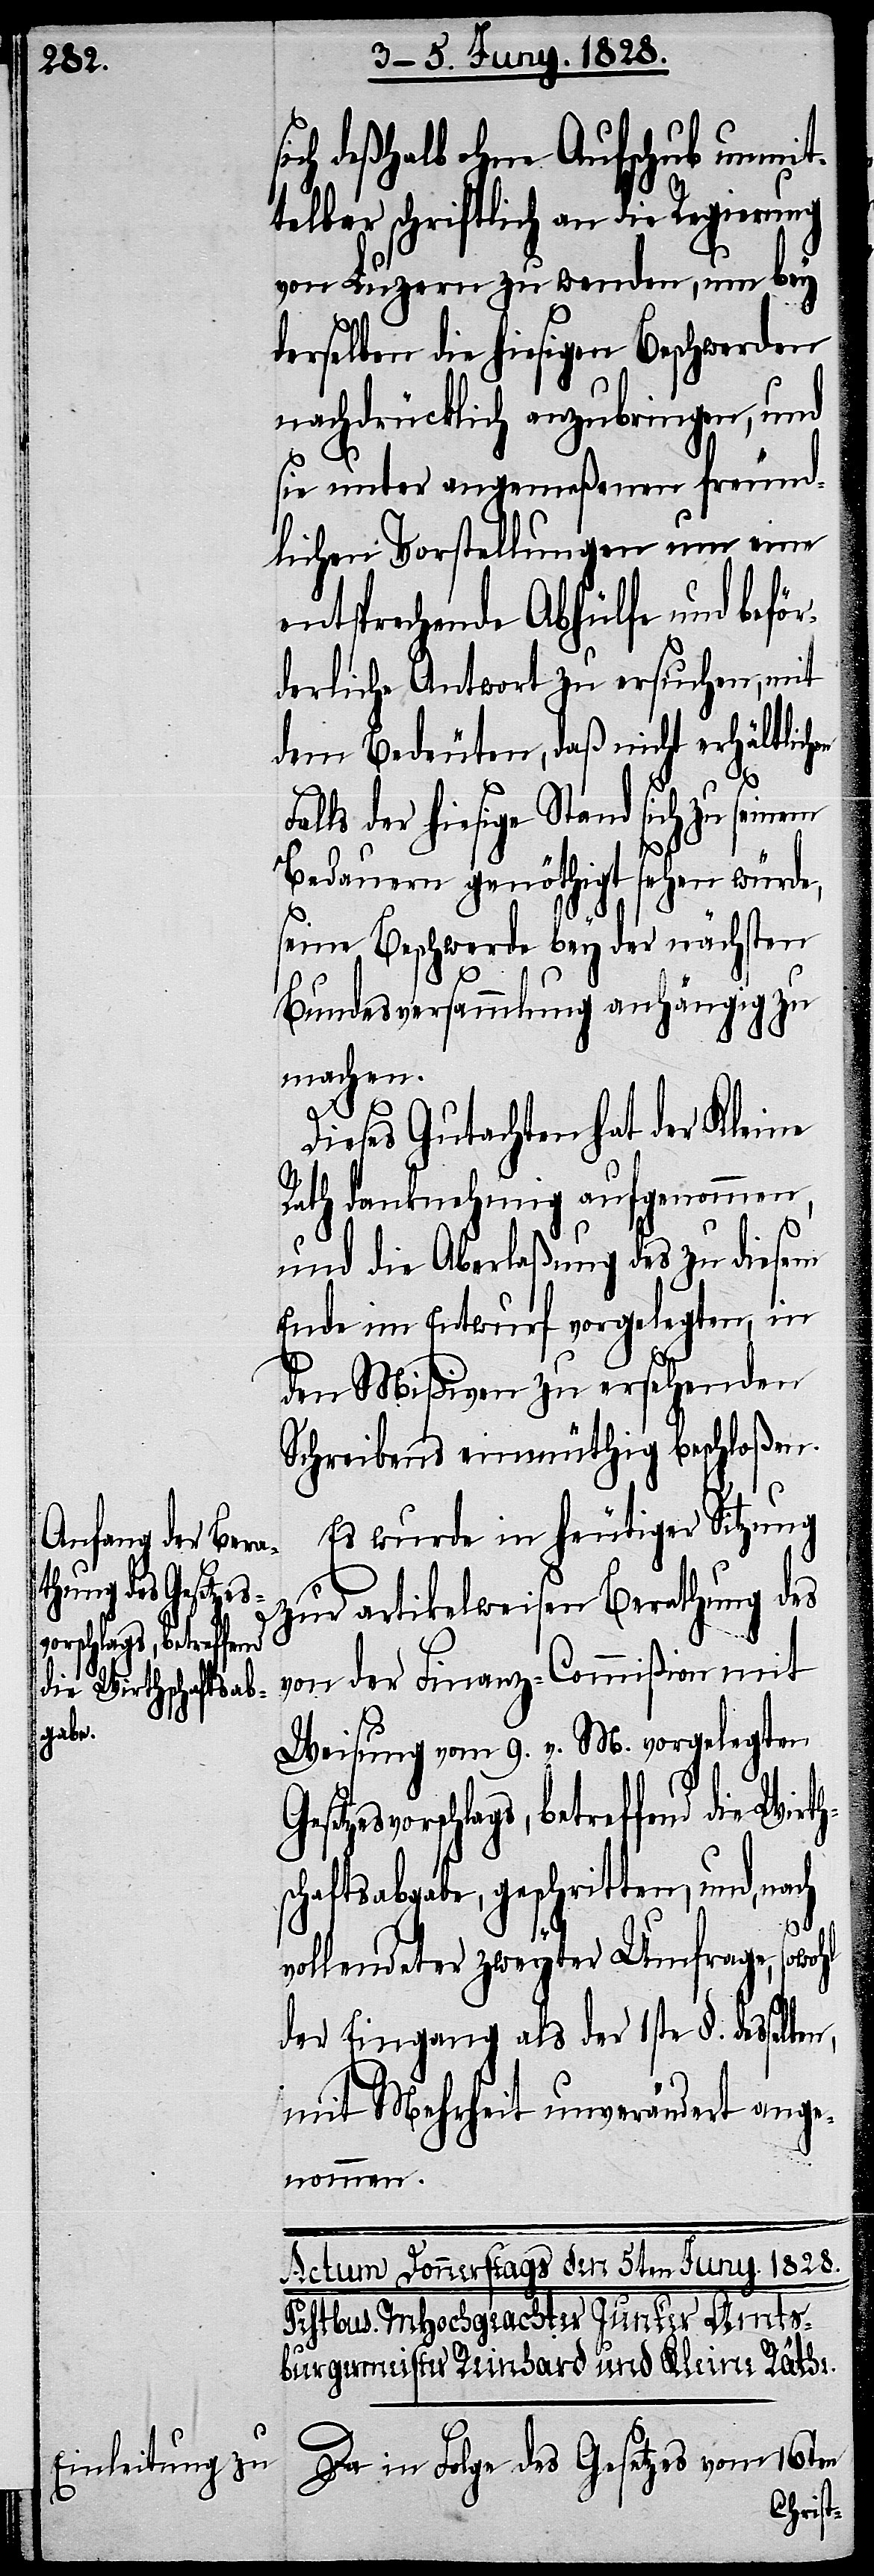
die Wirths¬
vorschlags, betreffend

ich deßhalb ohne Aufschub unmit¬
telbar schriftlich an die Regierung
von Luzern zu wenden, um bey
derselben die hiesigen Beschwerden
nachdrücklich anzubringen, und
sie unter angemeßenen freund¬
lichen Vorstellungen um eine
entsprechende Abhülfe und beför¬
derliche Antwort zu ersuchen, mit
dem Bedeuten, daß nicht erhältlich¬
Fa¬
lls der hiesige Stand sich zu
Bedauern genöthigt sehen würde,
seine Beschwerde bey der nächsten
Bundesversammlung anhängig zu
machen.
Dieses Gutachten hat der Kleine
Rath danknehmig aufgenommen,
und die Aberlaßung des zu diesem
Ende im Entwurf vorgelegten, in
den Mißiven zu ersehenden
Schreibens einmüthig beschloßen.
n,
Es wurde in heutiger Sitzung
zur artikelweisen Berathung des
von der Finanz-Commißion mit
Weisung vom 9. v. M. vorgelegten
chaftsabgabe, geschritten, und, na¬
ch
vollendeter zweyter Umfrage, sowohl
der Eingang als der 1ste §. desselbe¬
mit Mehrheit unverändert ange¬
nommen.
Da in Folge des Gesetzes vom 16ten